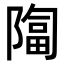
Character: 𫕑